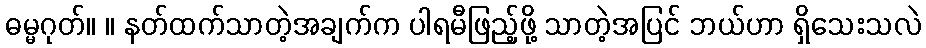
ဓမ္မဂုတ်။ ။ နတ်ထက်သာတဲ့အချက်က ပါရမီဖြည့်ဖို့ သာတဲ့အပြင် ဘယ်ဟာ ရှိသေးသလဲ